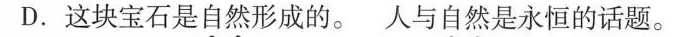
D.这块宝石是自然形成的。人与自然是永恒的话题。